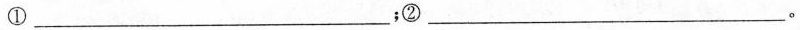
①___；②___。